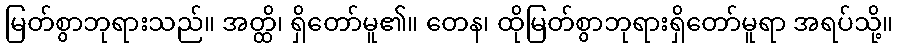
မြတ်စွာဘုရားသည်။ အတ္ထိ၊ ရှိတော်မူ၏။ တေန၊ ထိုမြတ်စွာဘုရားရှိတော်မူရာ အရပ်သို့။